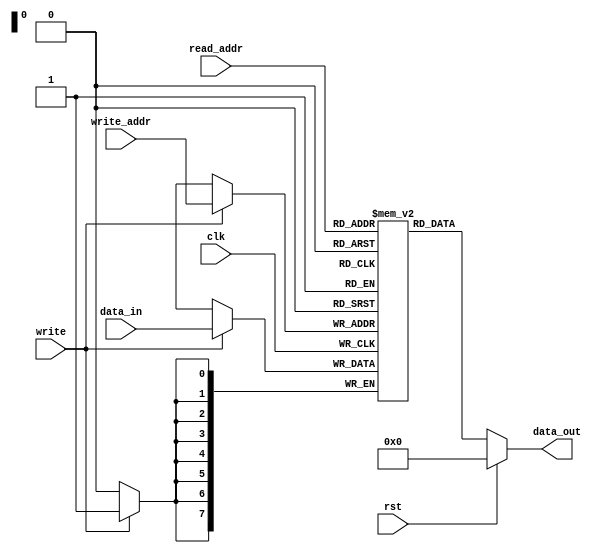
//Distributed RAM Asynchronous Implementation

module disRAM #(parameter DATA_WIDTH = 8, parameter ADDR_WIDTH = 8)
(
    input wire clk,
    input wire rst,
    input wire [ADDR_WIDTH-1:0] read_addr,
    input wire [ADDR_WIDTH-1:0] write_addr,
    input wire [DATA_WIDTH-1:0] data_in,
    input wire write,
    output [DATA_WIDTH-1:0] data_out
);

reg [DATA_WIDTH-1:0] mem [2**ADDR_WIDTH-1:0];

integer i;
initial 

begin
    for(i = 0; i < 2**ADDR_WIDTH; i = i + 1)
        mem[i] = 0;

end

always @(posedge clk)
begin
    if(write)
        mem[write_addr] <= data_in;

end

assign data_out = rst ? 0 : mem[read_addr];

endmodule